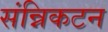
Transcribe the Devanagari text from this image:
संन्निकटन